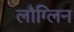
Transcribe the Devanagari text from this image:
लौग्लिन